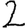
Digit: 2